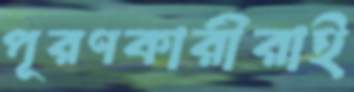
পূরণকারীরাই